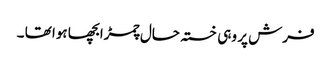
فرش پر وہی خستہ حال چمڑابچھا ہوا تھا ۔